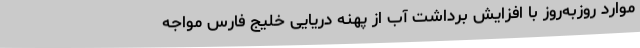
موارد روزبه‌روز با افزایش برداشت آب از پهنه دریایی خلیج فارس مواجه